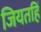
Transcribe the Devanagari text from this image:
जियतहिं